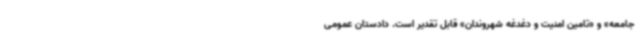
جامعه» و «تامین امنیت و دغدغه شهروندان» قابل تقدیر است. دادستان عمومی